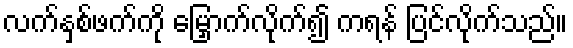
လက်နှစ်ဖက်ကို မြှောက်လိုက်၍ ကရန် ပြင်လိုက်သည်။